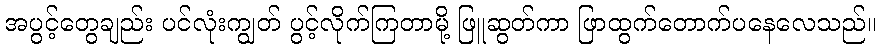
အပွင့်တွေချည်း ပင်လုံးကျွတ် ပွင့်လိုက်ကြတာမို့ ဖြူဆွတ်ကာ ဖြာထွက်တောက်ပနေလေသည်။